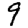
Digit: 9